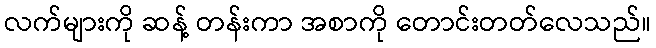
လက်များကို ဆန့် တန်းကာ အစာကို တောင်းတတ်လေသည်။